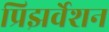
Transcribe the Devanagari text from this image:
प्रिझर्वेशन